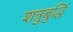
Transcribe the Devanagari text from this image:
शत्रुबुद्धि